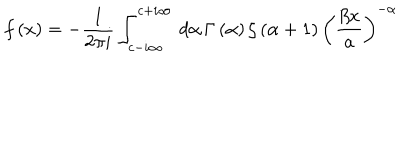
f \left( x \right) = - \frac { 1 } { 2 \pi i } \int _ { c - i \infty } ^ { c + i \infty } \, d \alpha \, \Gamma \left( \alpha \right) \zeta \left( \alpha + 1 \right) \left( \frac { \beta x } { a } \right) ^ { - \alpha }